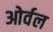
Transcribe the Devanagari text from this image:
ओर्वल